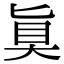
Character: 𫞲